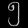
Digit: ၅